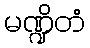
မဏ္ဍိတံ